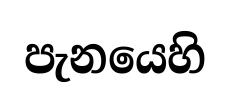
පැනයෙහි